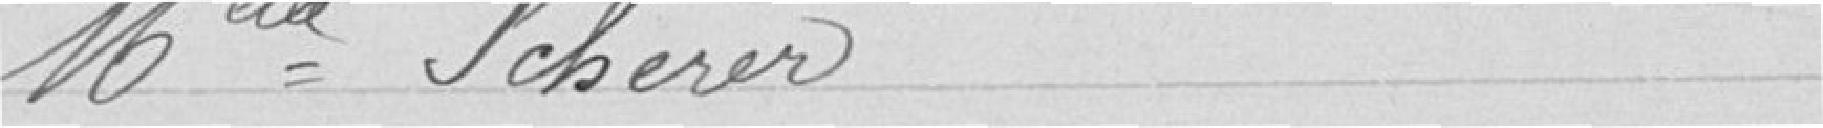
Mlle Scherer